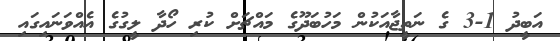
އަބީދު 1-3 ގެ ނަތީޖާއަކުން މަހުބަދޫގެ މައްޗަށް ކުރި ހޯދާ ލީގުގެ އެއްވަނައިގައި